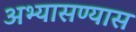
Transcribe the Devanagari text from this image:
अभ्यासण्यास